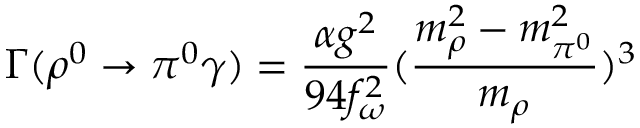
\Gamma ( \rho ^ { 0 } \rightarrow \pi ^ { 0 } \gamma ) = \frac { \alpha g ^ { 2 } } { 9 4 f _ { \omega } ^ { 2 } } ( \frac { m _ { \rho } ^ { 2 } - m _ { \pi ^ { 0 } } ^ { 2 } } { m _ { \rho } } ) ^ { 3 }